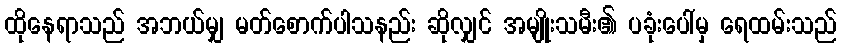
ထိုနေရာသည် အဘယ်မျှ မတ်စောက်ပါသနည်း ဆိုလျှင် အမျိုးသမီး၏ ပခုံးပေါ်မှ ရေထမ်းသည်